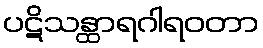
ပဋိသန္ထာရဂါရဝတာ